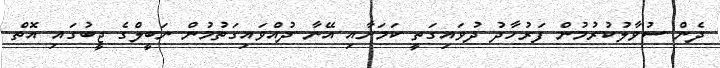
ދެން ސުވާލުކުރުމުން ފަރުހާދު ދުވައިގަތީ ކަމަށާއި އޭނާ ދުއްވައިގަތުމުން ނަބީލްގެ ޖީބުގައި އޮތް